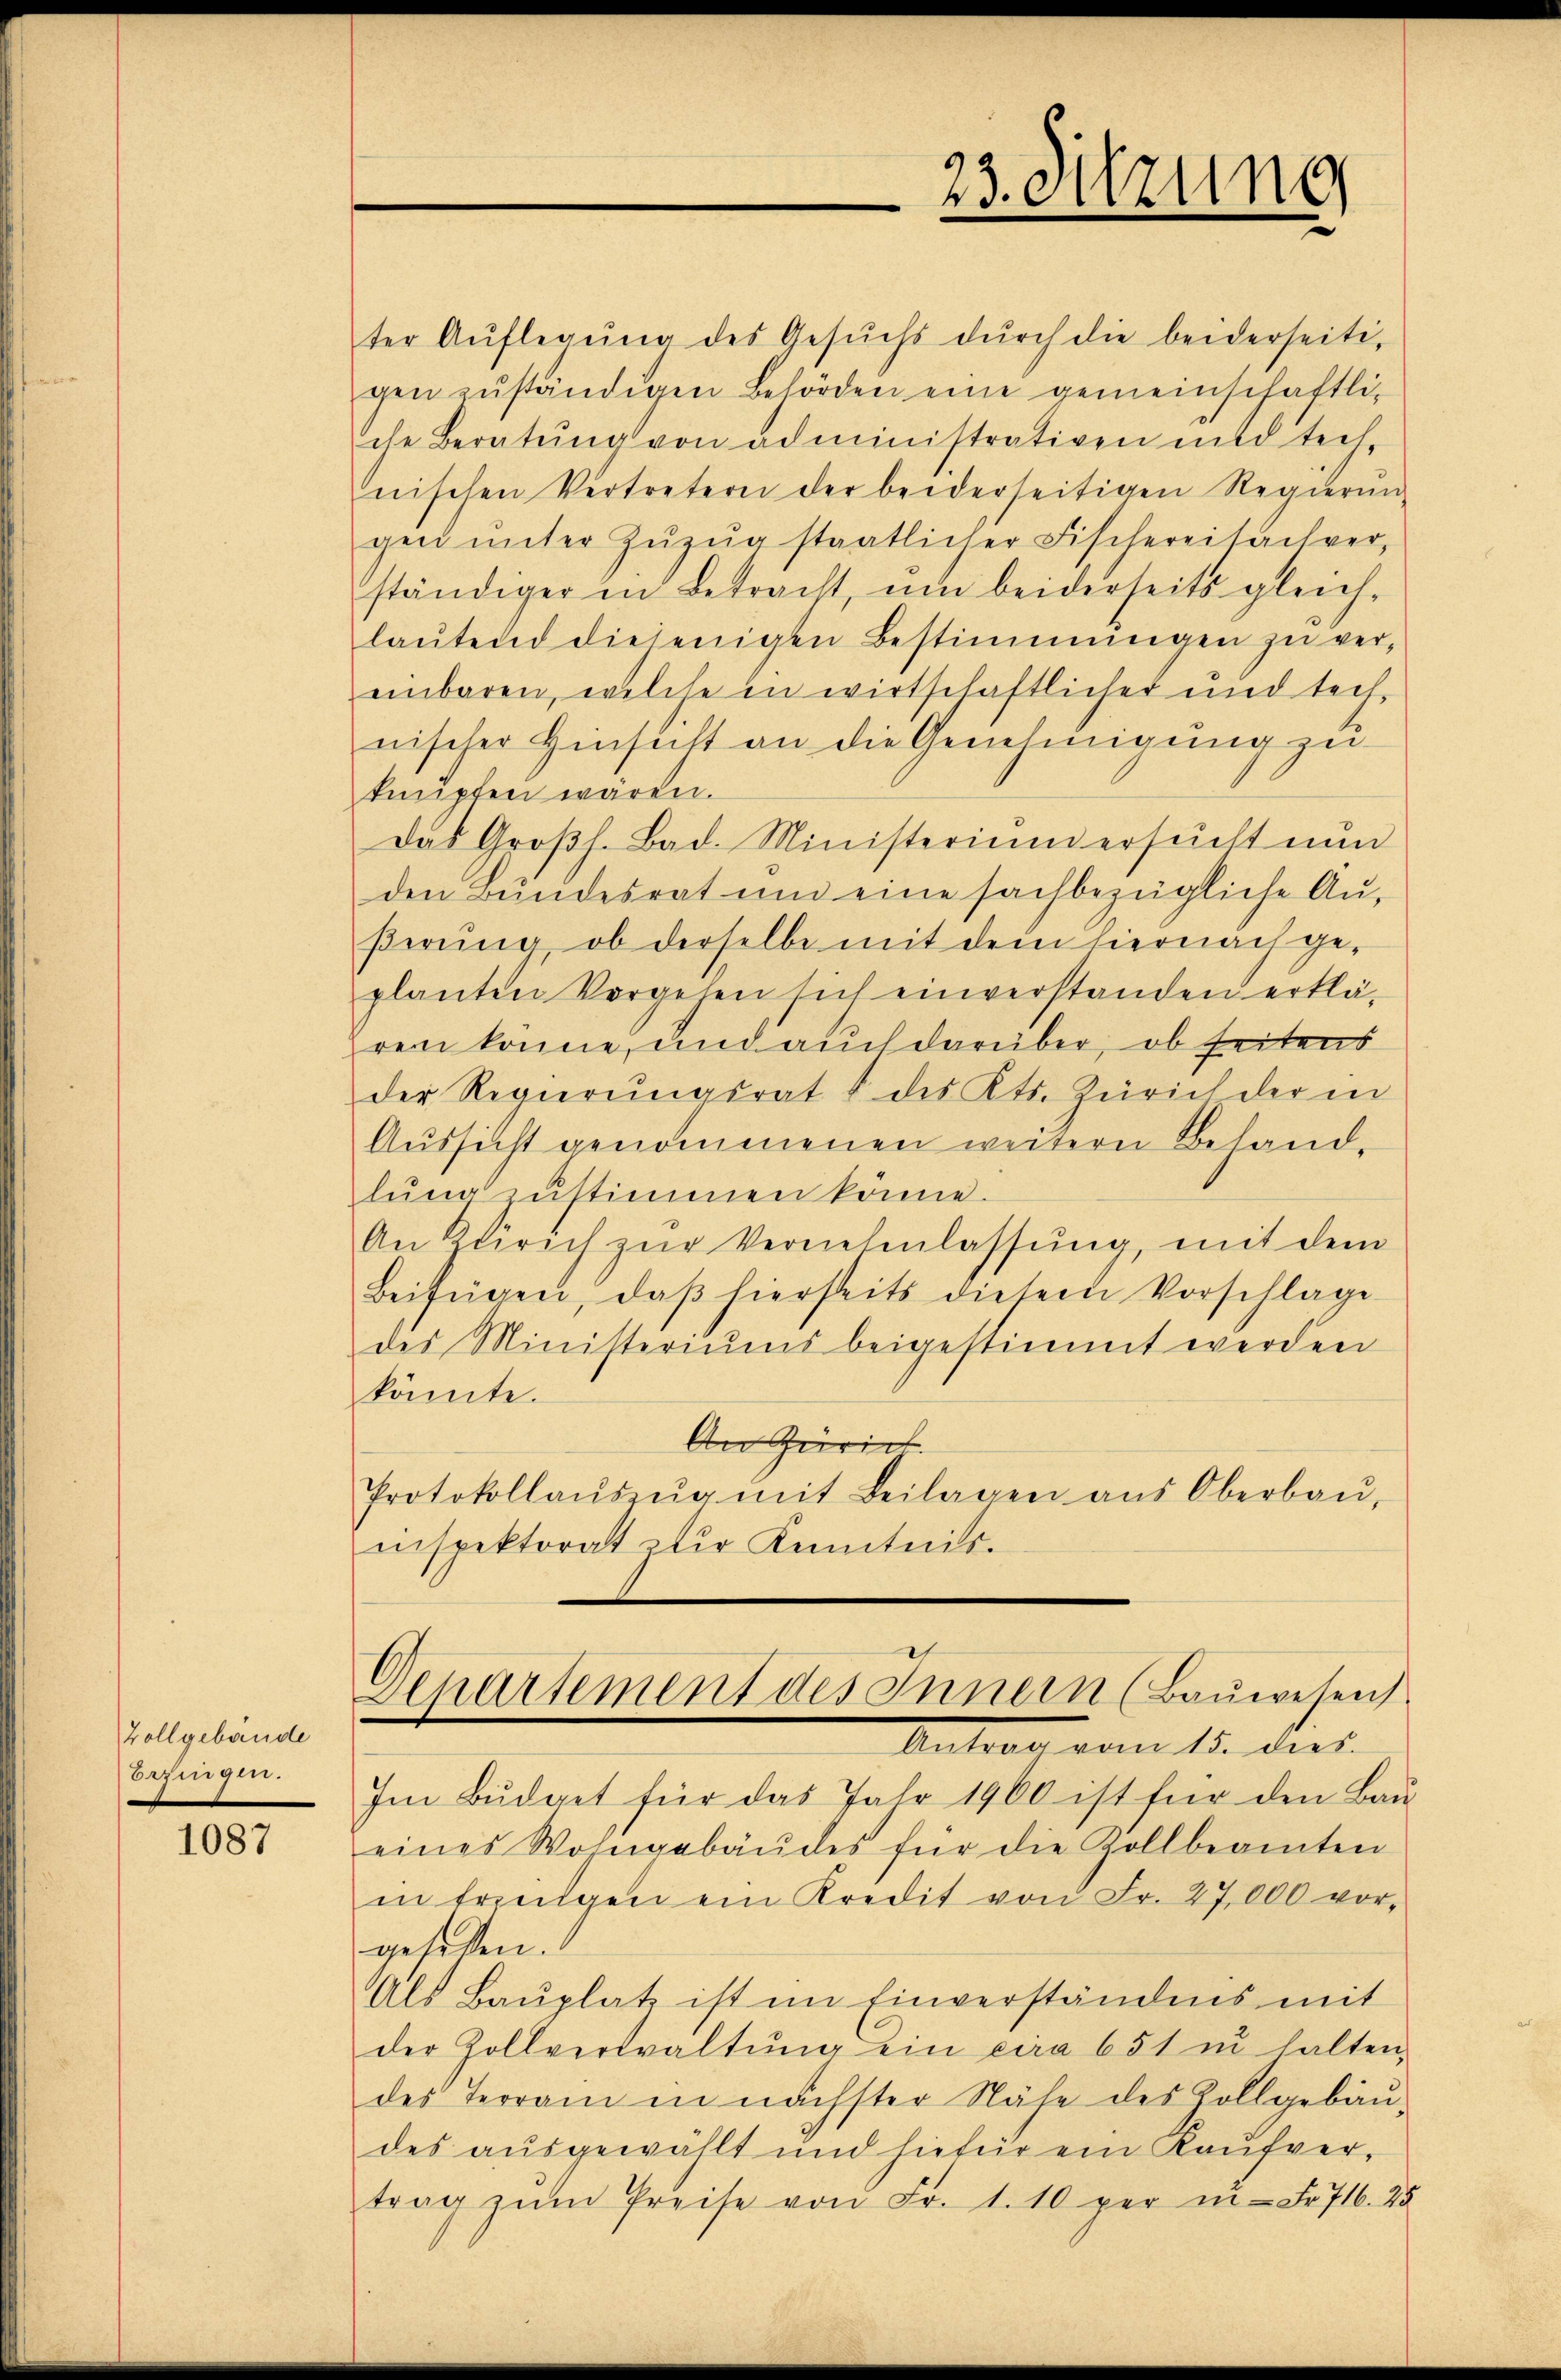
Zollgebäude
Bezingen.

1087

ter Aŭflegŭng des Gesŭchs dŭrch die beiderseitigen zŭständigen Behörden eine gemeinschaftliche Beratŭng von administrativen und tech-
nischen Vertretern der beiderseitigen Regierung
gen ŭnter Zŭzŭg staatlicher Fischereisachver-
ständiger in Betracht, ŭm beiderseits gleich-
laŭtend diejenigen Bestimmungen zŭ ver-
einbaren, welche in wirtschaftlicher und technischer Hinsicht an die Genehmigung zu
knüpfen wären.
Das Großh. Bad. Ministerium ersucht nun
den Bundesrat ŭm eine sachbezügliche Auβerŭng, ob derselbe mit dem hiernach ge-
planten Vorgehen sich einverstanden erklä-
ren könne, und auch darüber, ob seitens
der Regierungsrat & des Kts. Zürich der in
Aussicht genommenen weitern Behand-
lŭng zŭstimmen könne.
An Zürich zŭr Vernehmlassŭng, mit dem
Beifügen, daβ hierseits diesem Vorschlage
des Ministeriums beigestimmt werden
könnte.
An Zürich.
Protokollaŭszŭg mit Beilagen aŭs Oberbaŭ
inspektorat zur Kenntnis.

23. Sitzung

Departement des Innern (Bauwesen
Antrag vom 15. dies

Im Bŭdget für das Jahr 1900 ist für den Baŭ-
eines Wohngebäŭdes für die Zollbeamten
in Erzŭlgen ein Kredit von Fr. 27,000 vorgesetzen.
Als Baŭplatz ist im Einverständnis mit
der Zollverwaltŭng ein cira 651 in halten,
des Terrain in nächster Nähe des Zollgebäŭ-
des ausgewählt und hiefür ein Kaŭfvertrag zŭm Preise von Fr. 1. 10 per in Fr. 716. 25